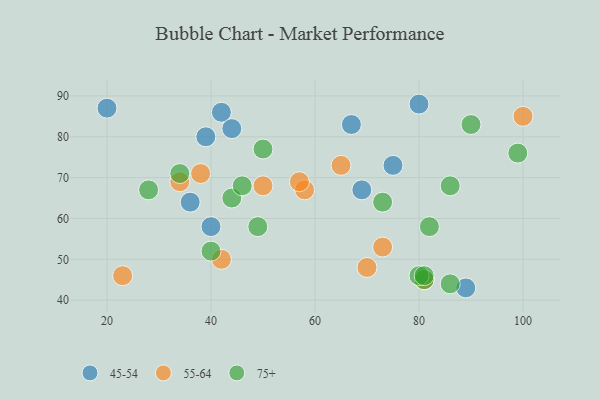
{"axis": {"x": "GDP", "y": "Life Expectancy"}, "legend": ["45-54", "55-64", "75+"], "data": [{"x": "20", "y": 87, "type": "45-54"}, {"x": "75", "y": 73, "type": "45-54"}, {"x": "69", "y": 67, "type": "45-54"}, {"x": "39", "y": 80, "type": "45-54"}, {"x": "42", "y": 86, "type": "45-54"}, {"x": "36", "y": 64, "type": "45-54"}, {"x": "40", "y": 58, "type": "45-54"}, {"x": "44", "y": 82, "type": "45-54"}, {"x": "80", "y": 88, "type": "45-54"}, {"x": "67", "y": 83, "type": "45-54"}, {"x": "89", "y": 43, "type": "45-54"}, {"x": "38", "y": 71, "type": "55-64"}, {"x": "58", "y": 67, "type": "55-64"}, {"x": "65", "y": 73, "type": "55-64"}, {"x": "23", "y": 46, "type": "55-64"}, {"x": "50", "y": 68, "type": "55-64"}, {"x": "100", "y": 85, "type": "55-64"}, {"x": "73", "y": 53, "type": "55-64"}, {"x": "70", "y": 48, "type": "55-64"}, {"x": "57", "y": 69, "type": "55-64"}, {"x": "81", "y": 45, "type": "55-64"}, {"x": "34", "y": 69, "type": "55-64"}, {"x": "42", "y": 50, "type": "55-64"}, {"x": "34", "y": 71, "type": "75+"}, {"x": "40", "y": 52, "type": "75+"}, {"x": "49", "y": 58, "type": "75+"}, {"x": "81", "y": 45, "type": "75+"}, {"x": "86", "y": 68, "type": "75+"}, {"x": "73", "y": 64, "type": "75+"}, {"x": "80", "y": 46, "type": "75+"}, {"x": "90", "y": 83, "type": "75+"}, {"x": "82", "y": 58, "type": "75+"}, {"x": "50", "y": 77, "type": "75+"}, {"x": "86", "y": 44, "type": "75+"}, {"x": "99", "y": 76, "type": "75+"}, {"x": "44", "y": 65, "type": "75+"}, {"x": "28", "y": 67, "type": "75+"}, {"x": "46", "y": 68, "type": "75+"}, {"x": "81", "y": 46, "type": "75+"}]}